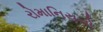
રોમાનિયનો